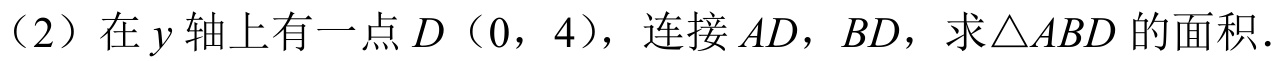
（2）在\(y\)轴上有一点\(D（0，4）\)，连接\(AD\)，\(BD\)，求\(\triangle ABD\)的面积.